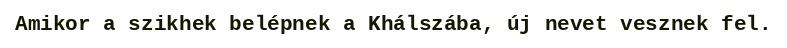
Amikor a szikhek belépnek a Khálszába, új nevet vesznek fel.